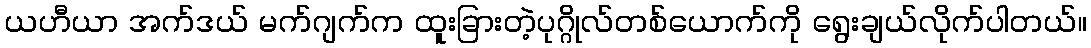
ယဟီယာ အက်ဒယ် မက်ဂျက်က ထူးခြားတဲ့ပုဂ္ဂိုလ်တစ်ယောက်ကို ရွေးချယ်လိုက်ပါတယ်။